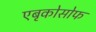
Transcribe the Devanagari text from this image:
एबृकोसोफ